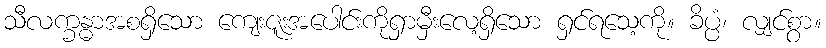
သီလက္ခန္ဓာအစရှိသော ကျေးဇူးအပေါင်းကိုရှာမှီးလေ့ရှိသော ရှင်ရသေ့ကို။ ခိပ္ပံ၊ လျှင်စွာ။